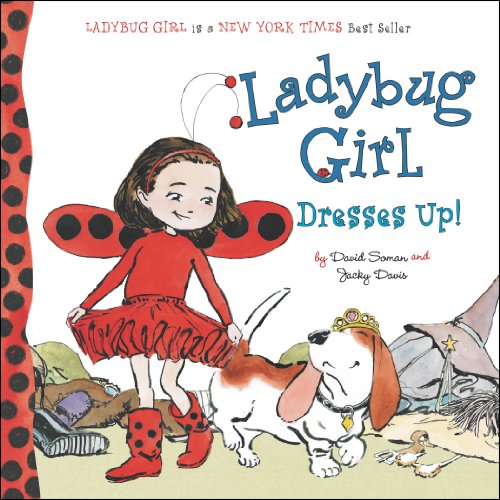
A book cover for Ladybug Girl Dresses Up!; Jacky Davis; Children's Books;